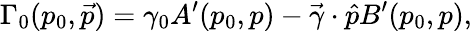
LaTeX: \Gamma_{0}(p_{0},\vec{p})=\gamma_{0}A^{\prime}(p_{0},p)-\vec{\gamma}\cdot\hat{p}B^{\prime}(p_{0},p),